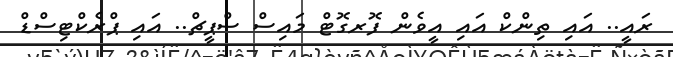
ރައީ.. އައި ތިންކް އައި އީވެން ފޮރގޮޓް މައިސް ސްޕީޗް.. އައި ޕްރެކްޓިސްޑް